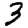
Digit: 3